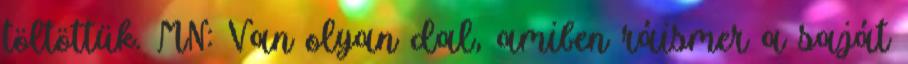
töltöttük. MN: Van olyan dal, amiben ráismer a saját